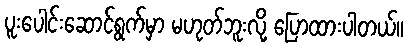
ပူးပေါင်းဆောင်ရွက်မှာ မဟုတ်ဘူးလို့ ပြောထားပါတယ်။